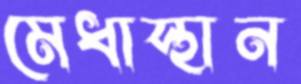
মেধাস্থান